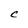
Character: C